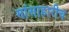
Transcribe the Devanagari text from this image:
मांसाहारीच